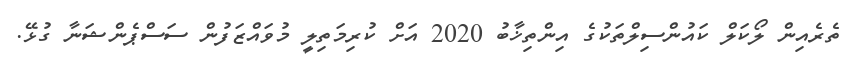
ތެރެއިން ލޯކަލް ކައުންސިލްތަކުގެ އިންތިޚާބު 2020 އަށް ކުރިމަތިލީ މުވައްޒަފުން ސަސްޕެންޝަނާ ގުޅޭ.